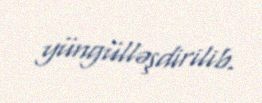
yüngülləşdirilib.